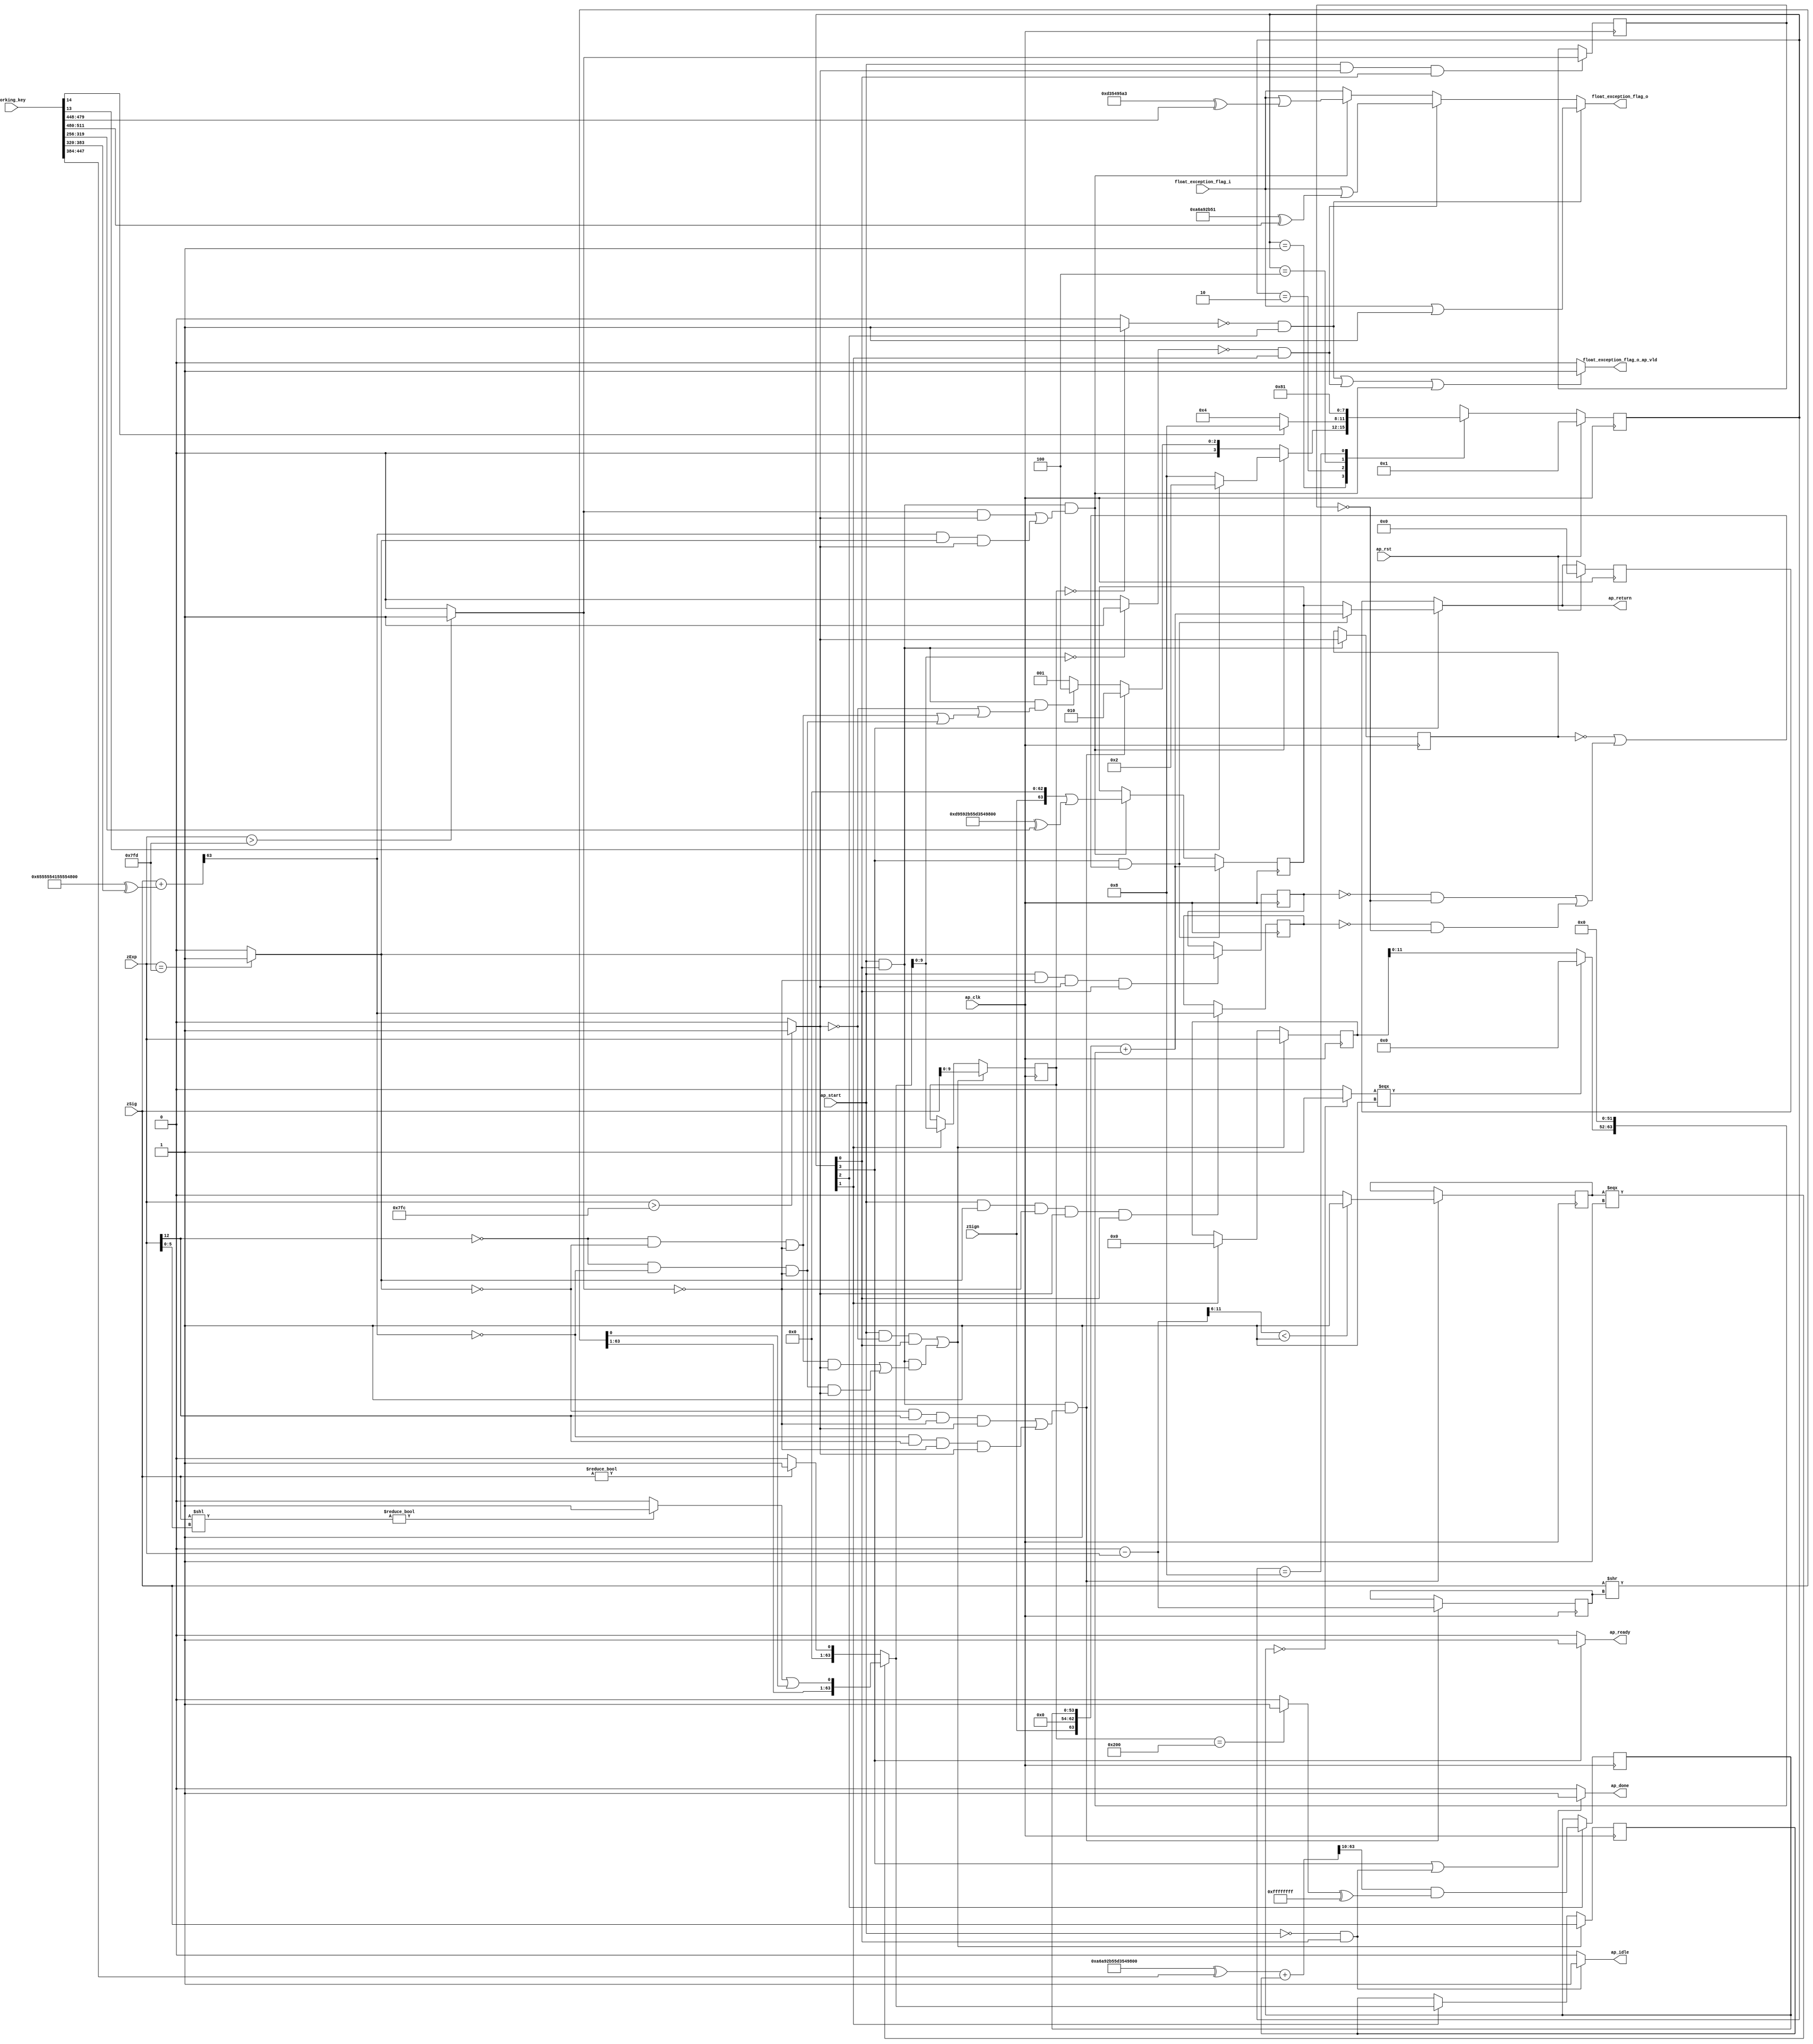

module roundAndPackFloat64
(
  ap_clk,
  ap_rst,
  ap_start,
  ap_done,
  ap_idle,
  ap_ready,
  zSign,
  zExp,
  zSig,
  float_exception_flag_i,
  float_exception_flag_o,
  float_exception_flag_o_ap_vld,
  ap_return,
  working_key,
  
);

  parameter ap_ST_fsm_state1 = 4'd1;
  parameter ap_ST_fsm_state2 = 4'd2;
  parameter ap_ST_fsm_state3 = 4'd4;
  parameter ap_ST_fsm_state4 = 4'd8;
  input ap_clk;
  input ap_rst;
  input ap_start;
  output ap_done;
  output ap_idle;
  output ap_ready;
  input [0:0] zSign;
  input [12:0] zExp;
  input [63:0] zSig;
  input [31:0] float_exception_flag_i;
  output [31:0] float_exception_flag_o;
  output float_exception_flag_o_ap_vld;
  output [63:0] ap_return;
  reg ap_done;
  reg ap_idle;
  reg ap_ready;
  reg [31:0] float_exception_flag_o;
  reg float_exception_flag_o_ap_vld;
  reg [63:0] ap_return;
  reg [3:0] ap_CS_fsm;
  wire ap_CS_fsm_state1;
  wire [9:0] roundBits_fu_145_p1;
  wire [0:0] tmp_s_fu_149_p2;
  reg [0:0] tmp_s_reg_456;
  wire [0:0] tmp_1_fu_155_p2;
  reg [0:0] tmp_1_reg_460;
  wire [0:0] tmp_2_fu_161_p2;
  reg [0:0] tmp_2_reg_464;
  wire [0:0] tmp_fu_173_p3;
  reg [0:0] tmp_reg_468;
  wire [12:0] count_assign_fu_189_p2;
  reg [12:0] count_assign_reg_475;
  wire [0:0] tmp_6_fu_181_p3;
  wire [0:0] icmp_fu_205_p2;
  reg [0:0] icmp_reg_480;
  wire [63:0] tmp_34_i9_fu_231_p2;
  wire [63:0] z_2_fu_300_p3;
  wire ap_CS_fsm_state2;
  wire [9:0] roundBits_2_fu_307_p1;
  wire [53:0] zSig_assign_2_fu_383_p2;
  reg [53:0] zSig_assign_2_reg_506;
  wire ap_CS_fsm_state3;
  reg [63:0] zSig_assign1_reg_96;
  reg [12:0] zExp_assign_1_reg_107;
  reg [9:0] roundBits_1_reg_121;
  reg [63:0] ap_phi_mux_p_0_phi_fu_135_p4;
  reg [63:0] p_0_reg_132;
  wire [63:0] tmp_34_i8_fu_422_p2;
  wire ap_CS_fsm_state4;
  wire [0:0] tmp_3_fu_311_p2;
  wire [0:0] tmp_5_fu_329_p2;
  wire [31:0] float_exception_flag_2_fu_211_p2;
  wire [31:0] float_exception_flag_4_fu_317_p2;
  wire [31:0] tmp_8_fu_335_p2;
  wire [63:0] tmp_4_fu_167_p2;
  wire [5:0] tmp_7_fu_195_p4;
  wire [63:0] tmp_i_fu_223_p3;
  wire [63:0] tmp_6_i_fu_237_p1;
  wire [5:0] tmp_15_fu_245_p1;
  wire [63:0] tmp_i3_fu_248_p1;
  wire [63:0] tmp_1_i_fu_252_p2;
  wire [63:0] tmp_7_i_fu_240_p2;
  wire [0:0] tmp_16_fu_263_p1;
  wire [0:0] tmp_2_i_fu_257_p2;
  wire [62:0] tmp_11_i_fu_273_p4;
  wire [0:0] tmp_10_i_fu_267_p2;
  wire [0:0] tmp_4_i_fu_291_p2;
  wire [63:0] z_fu_283_p3;
  wire [63:0] z_1_fu_296_p1;
  wire [63:0] tmp_9_fu_347_p2;
  wire [0:0] tmp_10_fu_363_p2;
  wire [31:0] tmp_11_fu_369_p1;
  wire [31:0] tmp_12_fu_373_p2;
  wire [53:0] zSig_assign_1_cast_fu_353_p4;
  wire signed [53:0] tmp_17_cast_fu_379_p1;
  wire [0:0] tmp_13_fu_389_p2;
  wire [11:0] tmp_18_fu_394_p1;
  wire [11:0] tmp_14_fu_398_p3;
  wire [63:0] tmp_33_i_fu_414_p4;
  wire [63:0] tmp_32_i_fu_406_p3;
  reg [63:0] ap_return_preg;
  reg [3:0] ap_NS_fsm;
  wire [63:0] Const_9;
  wire [63:0] Const_10;
  wire [63:0] Const_11;
  wire [31:0] Const_12;
  wire [31:0] Const_13;
  input [511:0] working_key;

  initial begin
    #0 ap_CS_fsm = 4'd1;
    #0 ap_return_preg = 64'd0;
  end


  always @(posedge ap_clk) begin
    if(ap_rst == 1'b1) begin
      ap_CS_fsm <= ap_ST_fsm_state1;
    end else begin
      ap_CS_fsm <= ap_NS_fsm;
    end
  end


  always @(posedge ap_clk) begin
    if(ap_rst == 1'b1) begin
      ap_return_preg <= 64'd0;
    end else begin
      if(1'b1 == ap_CS_fsm_state4) begin
        ap_return_preg <= ap_phi_mux_p_0_phi_fu_135_p4;
      end 
    end
  end


  always @(posedge ap_clk) begin
    if((1'b1 == ap_CS_fsm_state4) & ((tmp_s_reg_456 == 1'd0) | ((tmp_2_reg_464 == 1'd0) & (tmp_1_reg_460 == 1'd0) | (tmp_reg_468 == 1'd0) & (tmp_1_reg_460 == 1'd0)))) begin
      p_0_reg_132 <= tmp_34_i8_fu_422_p2;
    end else if((ap_start == 1'b1) & (1'b1 == ap_CS_fsm_state1) & ((tmp_1_fu_155_p2 == 1'd1) & (tmp_s_fu_149_p2 == 1'd1) | (tmp_fu_173_p3 == 1'd1) & (tmp_2_fu_161_p2 == 1'd1) & (tmp_s_fu_149_p2 == 1'd1))) begin
      p_0_reg_132 <= tmp_34_i9_fu_231_p2;
    end 
  end


  always @(posedge ap_clk) begin
    if((ap_start == 1'b1) & (tmp_s_fu_149_p2 == 1'd0) & (1'b1 == ap_CS_fsm_state1) | (ap_start == 1'b1) & (1'b1 == ap_CS_fsm_state1) & ((tmp_6_fu_181_p3 == 1'd0) & (tmp_2_fu_161_p2 == 1'd0) & (tmp_1_fu_155_p2 == 1'd0) & (tmp_s_fu_149_p2 == 1'd1) | (tmp_6_fu_181_p3 == 1'd0) & (tmp_fu_173_p3 == 1'd0) & (tmp_1_fu_155_p2 == 1'd0) & (tmp_s_fu_149_p2 == 1'd1))) begin
      roundBits_1_reg_121 <= roundBits_fu_145_p1;
    end else if(1'b1 == ap_CS_fsm_state2) begin
      roundBits_1_reg_121 <= roundBits_2_fu_307_p1;
    end 
  end


  always @(posedge ap_clk) begin
    if((ap_start == 1'b1) & (tmp_s_fu_149_p2 == 1'd0) & (1'b1 == ap_CS_fsm_state1) | (ap_start == 1'b1) & (1'b1 == ap_CS_fsm_state1) & ((tmp_6_fu_181_p3 == 1'd0) & (tmp_2_fu_161_p2 == 1'd0) & (tmp_1_fu_155_p2 == 1'd0) & (tmp_s_fu_149_p2 == 1'd1) | (tmp_6_fu_181_p3 == 1'd0) & (tmp_fu_173_p3 == 1'd0) & (tmp_1_fu_155_p2 == 1'd0) & (tmp_s_fu_149_p2 == 1'd1))) begin
      zExp_assign_1_reg_107 <= zExp;
    end else if(1'b1 == ap_CS_fsm_state2) begin
      zExp_assign_1_reg_107 <= 13'd0;
    end 
  end


  always @(posedge ap_clk) begin
    if((ap_start == 1'b1) & (tmp_s_fu_149_p2 == 1'd0) & (1'b1 == ap_CS_fsm_state1) | (ap_start == 1'b1) & (1'b1 == ap_CS_fsm_state1) & ((tmp_6_fu_181_p3 == 1'd0) & (tmp_2_fu_161_p2 == 1'd0) & (tmp_1_fu_155_p2 == 1'd0) & (tmp_s_fu_149_p2 == 1'd1) | (tmp_6_fu_181_p3 == 1'd0) & (tmp_fu_173_p3 == 1'd0) & (tmp_1_fu_155_p2 == 1'd0) & (tmp_s_fu_149_p2 == 1'd1))) begin
      zSig_assign1_reg_96 <= zSig;
    end else if(1'b1 == ap_CS_fsm_state2) begin
      zSig_assign1_reg_96 <= z_2_fu_300_p3;
    end 
  end


  always @(posedge ap_clk) begin
    if((ap_start == 1'b1) & (1'b1 == ap_CS_fsm_state1) & ((tmp_2_fu_161_p2 == 1'd0) & (tmp_6_fu_181_p3 == 1'd1) & (tmp_1_fu_155_p2 == 1'd0) & (tmp_s_fu_149_p2 == 1'd1) | (tmp_fu_173_p3 == 1'd0) & (tmp_6_fu_181_p3 == 1'd1) & (tmp_1_fu_155_p2 == 1'd0) & (tmp_s_fu_149_p2 == 1'd1))) begin
      count_assign_reg_475 <= count_assign_fu_189_p2;
      icmp_reg_480 <= icmp_fu_205_p2;
    end 
  end


  always @(posedge ap_clk) begin
    if((ap_start == 1'b1) & (tmp_s_fu_149_p2 == 1'd1) & (1'b1 == ap_CS_fsm_state1)) begin
      tmp_1_reg_460 <= tmp_1_fu_155_p2;
    end 
  end


  always @(posedge ap_clk) begin
    if((ap_start == 1'b1) & (tmp_1_fu_155_p2 == 1'd0) & (tmp_s_fu_149_p2 == 1'd1) & (1'b1 == ap_CS_fsm_state1)) begin
      tmp_2_reg_464 <= tmp_2_fu_161_p2;
    end 
  end


  always @(posedge ap_clk) begin
    if((ap_start == 1'b1) & (tmp_2_fu_161_p2 == 1'd1) & (tmp_1_fu_155_p2 == 1'd0) & (tmp_s_fu_149_p2 == 1'd1) & (1'b1 == ap_CS_fsm_state1)) begin
      tmp_reg_468 <= tmp_4_fu_167_p2[32'd63];
    end 
  end


  always @(posedge ap_clk) begin
    if((ap_start == 1'b1) & (1'b1 == ap_CS_fsm_state1)) begin
      tmp_s_reg_456 <= tmp_s_fu_149_p2;
    end 
  end


  always @(posedge ap_clk) begin
    if(1'b1 == ap_CS_fsm_state3) begin
      zSig_assign_2_reg_506 <= zSig_assign_2_fu_383_p2;
    end 
  end


  always @(*) begin
    if((1'b1 == ap_CS_fsm_state4) | (ap_start == 1'b0) & (1'b1 == ap_CS_fsm_state1)) begin
      ap_done = 1'b1;
    end else begin
      ap_done = 1'b0;
    end
  end


  always @(*) begin
    if((ap_start == 1'b0) & (1'b1 == ap_CS_fsm_state1)) begin
      ap_idle = 1'b1;
    end else begin
      ap_idle = 1'b0;
    end
  end


  always @(*) begin
    if((1'b1 == ap_CS_fsm_state4) & ((tmp_s_reg_456 == 1'd0) | ((tmp_2_reg_464 == 1'd0) & (tmp_1_reg_460 == 1'd0) | (tmp_reg_468 == 1'd0) & (tmp_1_reg_460 == 1'd0)))) begin
      ap_phi_mux_p_0_phi_fu_135_p4 = tmp_34_i8_fu_422_p2;
    end else begin
      ap_phi_mux_p_0_phi_fu_135_p4 = p_0_reg_132;
    end
  end


  always @(*) begin
    if(1'b1 == ap_CS_fsm_state4) begin
      ap_ready = 1'b1;
    end else begin
      ap_ready = 1'b0;
    end
  end


  always @(*) begin
    if(1'b1 == ap_CS_fsm_state4) begin
      ap_return = ap_phi_mux_p_0_phi_fu_135_p4;
    end else begin
      ap_return = ap_return_preg;
    end
  end


  always @(*) begin
    if((tmp_5_fu_329_p2 == 1'd0) & (1'b1 == ap_CS_fsm_state3)) begin
      float_exception_flag_o = tmp_8_fu_335_p2;
    end else if((tmp_3_fu_311_p2 == 1'd0) & (1'b1 == ap_CS_fsm_state2)) begin
      float_exception_flag_o = float_exception_flag_4_fu_317_p2;
    end else if((ap_start == 1'b1) & (1'b1 == ap_CS_fsm_state1) & ((tmp_1_fu_155_p2 == 1'd1) & (tmp_s_fu_149_p2 == 1'd1) | (tmp_fu_173_p3 == 1'd1) & (tmp_2_fu_161_p2 == 1'd1) & (tmp_s_fu_149_p2 == 1'd1))) begin
      float_exception_flag_o = float_exception_flag_2_fu_211_p2;
    end else begin
      float_exception_flag_o = float_exception_flag_i;
    end
  end


  always @(*) begin
    if((tmp_5_fu_329_p2 == 1'd0) & (1'b1 == ap_CS_fsm_state3) | (tmp_3_fu_311_p2 == 1'd0) & (1'b1 == ap_CS_fsm_state2) | (ap_start == 1'b1) & (1'b1 == ap_CS_fsm_state1) & ((tmp_1_fu_155_p2 == 1'd1) & (tmp_s_fu_149_p2 == 1'd1) | (tmp_fu_173_p3 == 1'd1) & (tmp_2_fu_161_p2 == 1'd1) & (tmp_s_fu_149_p2 == 1'd1))) begin
      float_exception_flag_o_ap_vld = 1'b1;
    end else begin
      float_exception_flag_o_ap_vld = 1'b0;
    end
  end


  always @(*) begin
    case(ap_CS_fsm)
      ap_ST_fsm_state1: begin
        if((ap_start == 1'b1) & (1'b1 == ap_CS_fsm_state1) & ((tmp_1_fu_155_p2 == 1'd1) & (tmp_s_fu_149_p2 == 1'd1) | (tmp_fu_173_p3 == 1'd1) & (tmp_2_fu_161_p2 == 1'd1) & (tmp_s_fu_149_p2 == 1'd1))) begin
          if(working_key[13] == 1'b1) begin
            ap_NS_fsm = ap_ST_fsm_state2;
          end else begin
            ap_NS_fsm = ap_ST_fsm_state4;
          end
        end else if((ap_start == 1'b1) & (1'b1 == ap_CS_fsm_state1) & ((tmp_2_fu_161_p2 == 1'd0) & (tmp_6_fu_181_p3 == 1'd1) & (tmp_1_fu_155_p2 == 1'd0) & (tmp_s_fu_149_p2 == 1'd1) | (tmp_fu_173_p3 == 1'd0) & (tmp_6_fu_181_p3 == 1'd1) & (tmp_1_fu_155_p2 == 1'd0) & (tmp_s_fu_149_p2 == 1'd1))) begin
          ap_NS_fsm = ap_ST_fsm_state2;
        end else if((ap_start == 1'b1) & (1'b1 == ap_CS_fsm_state1) & ((tmp_s_fu_149_p2 == 1'd0) | ((tmp_6_fu_181_p3 == 1'd0) & (tmp_2_fu_161_p2 == 1'd0) & (tmp_1_fu_155_p2 == 1'd0) | (tmp_6_fu_181_p3 == 1'd0) & (tmp_fu_173_p3 == 1'd0) & (tmp_1_fu_155_p2 == 1'd0)))) begin
          ap_NS_fsm = ap_ST_fsm_state3;
        end else begin
          ap_NS_fsm = ap_ST_fsm_state1;
        end
      end
      ap_ST_fsm_state2: begin
        begin
          if(working_key[14] == 1'b1) begin
            ap_NS_fsm = ap_ST_fsm_state4;
          end else begin
            ap_NS_fsm = ap_ST_fsm_state3;
          end
        end
      end
      ap_ST_fsm_state3: begin
        ap_NS_fsm = ap_ST_fsm_state4;
      end
      ap_ST_fsm_state4: begin
        ap_NS_fsm = ap_ST_fsm_state1;
      end
      default: begin
        ap_NS_fsm = 'bx;
      end
    endcase
  end

  assign ap_CS_fsm_state1 = ap_CS_fsm[32'd0];
  assign ap_CS_fsm_state2 = ap_CS_fsm[32'd1];
  assign ap_CS_fsm_state3 = ap_CS_fsm[32'd2];
  assign ap_CS_fsm_state4 = ap_CS_fsm[32'd3];
  assign count_assign_fu_189_p2 = 13'd0 - zExp;
  assign Const_12 = (32'd3545535907 ^ working_key[479:448]);
  assign float_exception_flag_2_fu_211_p2 = float_exception_flag_i | Const_12;
  assign Const_13 = (32'd2796104529 ^ working_key[511:480]);
  assign float_exception_flag_4_fu_317_p2 = float_exception_flag_i | Const_13;
  assign icmp_fu_205_p2 = (tmp_7_fu_195_p4 < 6'd1)? 1'b1 : 1'b0;
  assign roundBits_2_fu_307_p1 = z_2_fu_300_p3[9:0];
  assign roundBits_fu_145_p1 = zSig[9:0];
  assign tmp_10_fu_363_p2 = (roundBits_1_reg_121 == 10'd512)? 1'b1 : 1'b0;
  assign tmp_10_i_fu_267_p2 = tmp_2_i_fu_257_p2 | tmp_16_fu_263_p1;
  assign tmp_11_fu_369_p1 = tmp_10_fu_363_p2;
  assign tmp_11_i_fu_273_p4 = { { tmp_7_i_fu_240_p2[63:1] } };
  assign tmp_12_fu_373_p2 = tmp_11_fu_369_p1 ^ 32'd4294967295;
  assign tmp_13_fu_389_p2 = (zSig_assign_2_reg_506 == 54'd0)? 1'b1 : 1'b0;
  assign tmp_14_fu_398_p3 = (tmp_13_fu_389_p2[0:0] === 1'b1)? 12'd0 : tmp_18_fu_394_p1;
  assign tmp_15_fu_245_p1 = zExp[5:0];
  assign tmp_16_fu_263_p1 = tmp_7_i_fu_240_p2[0:0];
  assign tmp_17_cast_fu_379_p1 = tmp_12_fu_373_p2;
  assign tmp_18_fu_394_p1 = zExp_assign_1_reg_107[11:0];
  assign tmp_1_fu_155_p2 = (zExp > 13'd2045)? 1'b1 : 1'b0;
  assign tmp_1_i_fu_252_p2 = zSig << tmp_i3_fu_248_p1;
  assign tmp_2_fu_161_p2 = (zExp == 13'd2045)? 1'b1 : 1'b0;
  assign tmp_2_i_fu_257_p2 = (tmp_1_i_fu_252_p2 != 64'd0)? 1'b1 : 1'b0;
  assign tmp_32_i_fu_406_p3 = { { tmp_14_fu_398_p3 }, { 52'd0 } };
  assign tmp_33_i_fu_414_p4 = { { { zSign }, { 9'd0 } }, { zSig_assign_2_reg_506 } };
  assign tmp_34_i8_fu_422_p2 = tmp_33_i_fu_414_p4 + tmp_32_i_fu_406_p3;
  assign Const_9 = 64'd15661596826775360938 ^ working_key[319:256];
  assign tmp_34_i9_fu_231_p2 = tmp_i_fu_223_p3 | Const_9;
  assign tmp_3_fu_311_p2 = (roundBits_2_fu_307_p1 == 10'd0)? 1'b1 : 1'b0;
  assign Const_10 = 64'd7301836109944015039 ^ working_key[383:320];
  assign tmp_4_fu_167_p2 = zSig + Const_10;
  assign tmp_4_i_fu_291_p2 = (zSig != 64'd0)? 1'b1 : 1'b0;
  assign tmp_5_fu_329_p2 = (roundBits_1_reg_121 == 10'd0)? 1'b1 : 1'b0;
  assign tmp_6_fu_181_p3 = zExp[32'd12];
  assign tmp_6_i_fu_237_p1 = count_assign_reg_475;
  assign tmp_7_fu_195_p4 = { { count_assign_fu_189_p2[11:6] } };
  assign tmp_7_i_fu_240_p2 = zSig >> tmp_6_i_fu_237_p1;
  assign tmp_8_fu_335_p2 = float_exception_flag_i | 32'd1;
  assign Const_11 = 64'd12009177528977889194 ^ working_key[447:384];
  assign tmp_9_fu_347_p2 = Const_11 + zSig_assign1_reg_96;
  assign tmp_fu_173_p3 = tmp_4_fu_167_p2[32'd63];
  assign tmp_i3_fu_248_p1 = tmp_15_fu_245_p1;
  assign tmp_i_fu_223_p3 = { { zSign }, { 63'd0 } };
  assign tmp_s_fu_149_p2 = (zExp > 13'd2044)? 1'b1 : 1'b0;
  assign zSig_assign_1_cast_fu_353_p4 = { { tmp_9_fu_347_p2[63:10] } };
  assign zSig_assign_2_fu_383_p2 = zSig_assign_1_cast_fu_353_p4 & tmp_17_cast_fu_379_p1;
  assign z_1_fu_296_p1 = tmp_4_i_fu_291_p2;
  assign z_2_fu_300_p3 = (icmp_reg_480[0:0] === 1'b1)? z_fu_283_p3 : z_1_fu_296_p1;
  assign z_fu_283_p3 = { { tmp_11_i_fu_273_p4 }, { tmp_10_i_fu_267_p2 } };
  
endmodule